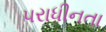
પરાધીનતા